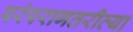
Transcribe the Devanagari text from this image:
परंपरागतरीत्या